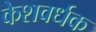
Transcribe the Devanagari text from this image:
केशवर्धक